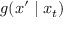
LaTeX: g ( x ^ { \prime } \mid x _ { t } )